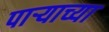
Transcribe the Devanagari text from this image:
पार्‍याच्या